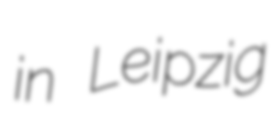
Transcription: in Leipzig